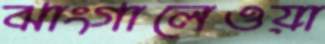
ঝাংগালেওয়া